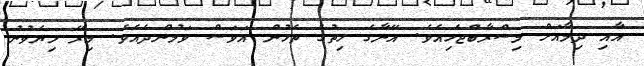
އާއި ދިމާއަށް މިސްރާބްޖެހިއެވެ. އޭނާގެ ހިތުގެ ތެޅުން އަވަސް ވަމުންދެއެވެ. މިރޭ ލިޔެވުނު